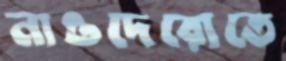
নাওদেরোতে